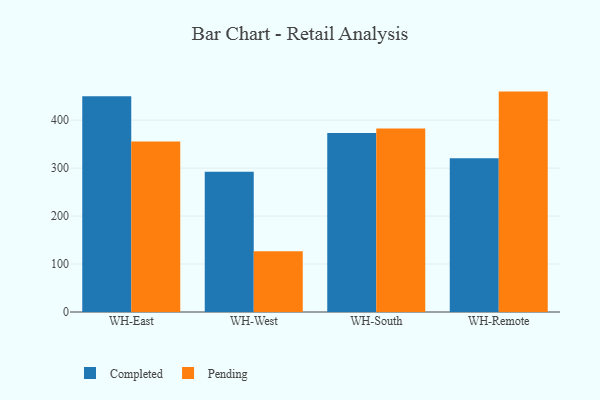
{"axis": {"x": "Warehouse", "y": "Tickets Resolved"}, "legend": ["Completed", "Pending"], "data": [{"x": "WH-East", "y": 449.7, "type": "Completed"}, {"x": "WH-East", "y": 355.5, "type": "Pending"}, {"x": "WH-West", "y": 292.5, "type": "Completed"}, {"x": "WH-West", "y": 126.4, "type": "Pending"}, {"x": "WH-South", "y": 373.1, "type": "Completed"}, {"x": "WH-South", "y": 382.8, "type": "Pending"}, {"x": "WH-Remote", "y": 320.6, "type": "Completed"}, {"x": "WH-Remote", "y": 459.5, "type": "Pending"}]}